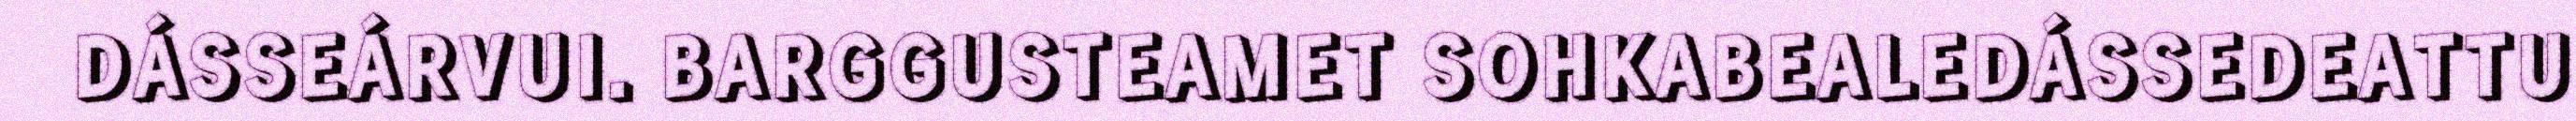
DÁSSEÁRVUI. BARGGUSTEAMET SOHKABEALEDÁSSEDEATTU